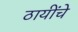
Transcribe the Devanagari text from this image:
ठायींचे